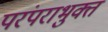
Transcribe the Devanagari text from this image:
परंपराभुक्त